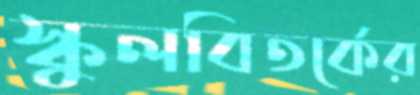
স্কুলবিতর্কের